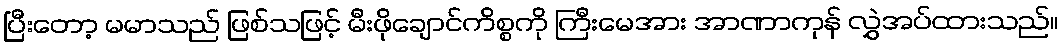
ပြီးတော့ မမာသည် ဖြစ်သဖြင့် မီးဖိုချောင်ကိစ္စကို ကြီးမေအား အာဏာကုန် လွှဲအပ်ထားသည်။